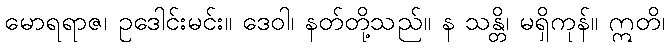
မောရရာဇ၊ ဥဒေါင်းမင်း။ ဒေဝါ၊ နတ်တို့သည်။ န သန္တိ၊ မရှိကုန်။ ဣတိ၊